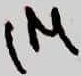
Text: 1M